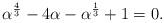
LaTeX: \begin{align*}\alpha^{\frac43}-4\alpha-\alpha^{\frac13}+1=0.\end{align*}